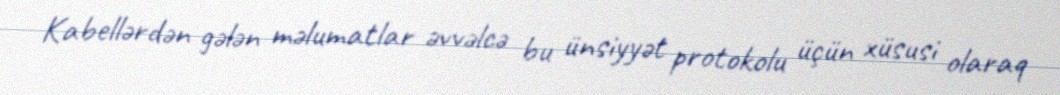
Kabellərdən gələn məlumatlar əvvəlcə bu ünsiyyət protokolu üçün xüsusi olaraq